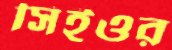
সিইওর